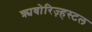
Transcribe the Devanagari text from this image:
क्र्यवोरिज़्हस्टल